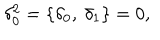
\delta _ { 0 } ^ { 2 } = \lbrace \delta _ { 0 } , \ \delta _ { 1 } \rbrace = 0 ,